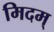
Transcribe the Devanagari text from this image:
मिदम्